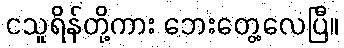
ငသူရိန်တို့ကား ဘေးတွေ့လေပြီ။